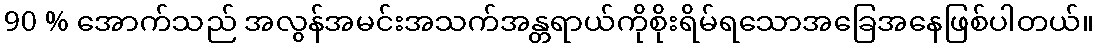
90 % အောက်သည် အလွန်အမင်းအသက်အန္တရာယ်ကိုစိုးရိမ်ရသောအခြေအနေဖြစ်ပါတယ်။